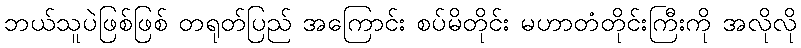
ဘယ်သူပဲဖြစ်ဖြစ် တရုတ်ပြည် အကြောင်း စပ်မိတိုင်း မဟာတံတိုင်းကြီးကို အလိုလို